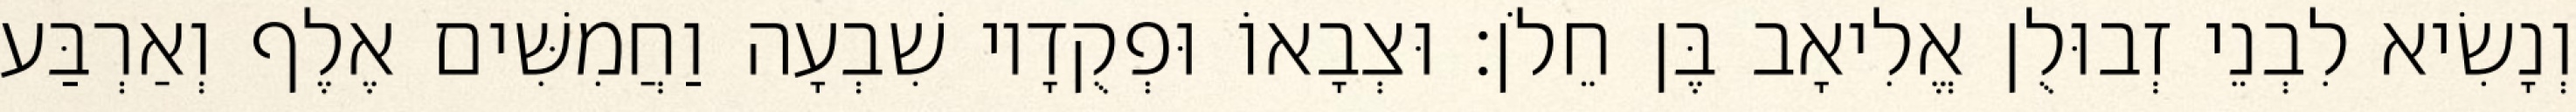
וְנָשִׂיא לִבְנֵי זְבוּלֻן אֱלִיאָב בֶּן חֵלֹן׃ וּצְבָאוֹ וּפְקֻדָיו שִׁבְעָה וַחֲמִשִּׁים אֶלֶף וְאַרְבַּע